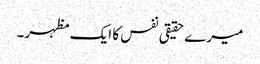
میرے حقیقی نفس کا ایک مظہر۔